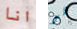
انا هو